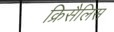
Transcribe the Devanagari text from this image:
क्रिसैलिस